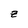
Character: Z